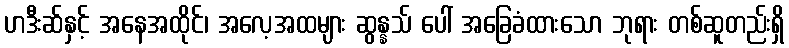
ဟဒီးဆ်နှင့် အနေအထိုင်၊ အလေ့အထများ ဆွန္နသ် ပေါ် အခြေခံထားသော ဘုရား တစ်ဆူတည်းရှိ